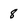
Character: 8